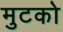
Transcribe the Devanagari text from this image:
मुटको